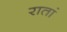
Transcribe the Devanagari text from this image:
रातां